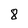
Character: 8